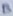
Text: B